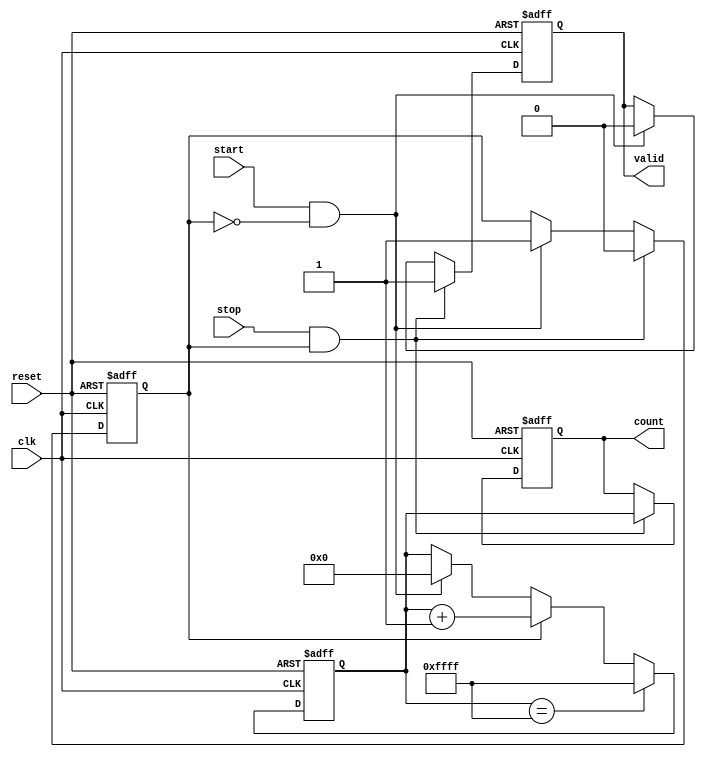
module TDC (
    input wire clk,           // Clock signal
    input wire reset,         // Asynchronous reset signal
    input wire start,         // Start signal
    input wire stop,          // Stop signal
    output reg [15:0] count,  // Digital output of measured time interval
    output reg valid          // Indicates that a valid measurement is available
);

    // Parameter for FIFO depth
    parameter FIFO_DEPTH = 8;
    
    // Counter variable
    reg [15:0] counter;
    
    // FIFO memory to store measurements
    reg [15:0] fifo [0:FIFO_DEPTH-1];
    reg [2:0] write_pointer;  // Pointer for FIFO write operations
    reg [2:0] read_pointer;   // Pointer for FIFO read operations
    reg fifo_full;            // Flag indicating FIFO is full
    reg fifo_empty;           // Flag indicating FIFO is empty

    // State definitions
    reg measuring;            // State to indicate measuring is active

    // Asynchronous reset and start signal handling
    always @(posedge clk or posedge reset) begin
        if (reset) begin
            counter <= 16'd0;
            count <= 16'd0;
            valid <= 1'b0;
            measuring <= 1'b0;
            write_pointer <= 3'd0;
            fifo_full <= 1'b0;
            fifo_empty <= 1'b1;
        end else begin
            // Start measuring
            if (start && !measuring) begin
                measuring <= 1'b1;
                counter <= 16'd0;
                valid <= 1'b0; // Reset valid flag
            end
            
            // Count when measuring
            if (measuring) begin
                counter <= counter + 1;
            end
            
            // Stop measuring
            if (stop && measuring) begin
                measuring <= 1'b0;
                count <= counter; // Store the measured count
                valid <= 1'b1;    // Indicate valid measurement

                // Store in FIFO if not full
                if (!fifo_full) begin
                    fifo[write_pointer] <= count;
                    write_pointer <= write_pointer + 1;
                    if (write_pointer == FIFO_DEPTH-1) begin
                        fifo_full <= 1'b1; // Mark FIFO full
                    end
                    fifo_empty <= 1'b0; // Mark FIFO not empty
                end
            end
            
            // FIFO read operation
            if (!fifo_empty) begin
                // Add logic here if you want to read from FIFO
                // For example, you could use a signal to trigger reading
                // and reset the empty/full flags accordingly.
            end
            
            // Overflow handling (if needed)
            if (counter == 16'hFFFF) begin
                counter <= 16'hFFFF; // Saturate to avoid overflow
                // Handle overflow logic if necessary
            end
        end
    end

endmodule